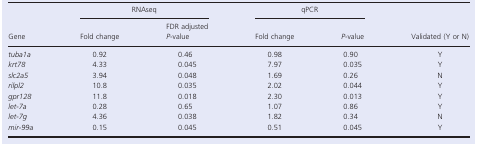
<table><thead><tr><td></td><td colspan="2"><b>RNAseq</b></td><td colspan="2"><b>qPCR</b></td><td></td></tr><tr><td><b>Gene</b></td><td><b>Fold change</b></td><td><b>FDR adjusted<i> P‐</i>value</b></td><td><b>Fold change</b></td><td><b><i>P</i>‐value</b></td><td><b>Validated (Y or N)</b></td></tr></thead><tbody><tr><td><i>tuba1a</i></td><td>0.92</td><td>0.46</td><td>0.98</td><td>0.90</td><td>Y</td></tr><tr><td><i>krt78</i></td><td>4.33</td><td>0.045</td><td>7.97</td><td>0.035</td><td>Y</td></tr><tr><td><i>slc2a5</i></td><td>3.94</td><td>0.048</td><td>1.69</td><td>0.26</td><td>N</td></tr><tr><td><i>rilpl2</i></td><td>10.8</td><td>0.035</td><td>2.02</td><td>0.044</td><td>Y</td></tr><tr><td><i>gpr128</i></td><td>11.8</td><td>0.018</td><td>2.30</td><td>0.013</td><td>Y</td></tr><tr><td><i>let‐7a</i></td><td>0.28</td><td>0.65</td><td>1.07</td><td>0.86</td><td>Y</td></tr><tr><td><i>let‐7g</i></td><td>4.36</td><td>0.038</td><td>1.82</td><td>0.34</td><td>N</td></tr><tr><td><i>mir‐99a</i></td><td>0.15</td><td>0.045</td><td>0.51</td><td>0.045</td><td>Y</td></tr></tbody></table>